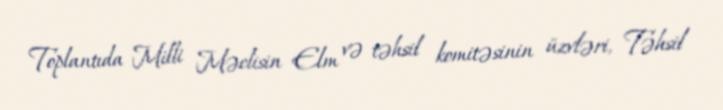
Toplantıda Milli Məclisin Elm və təhsil komitəsinin üzvləri, Təhsil